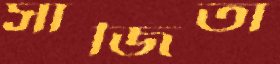
সাজিতা